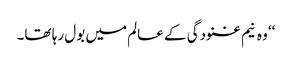
‘‘ وہ نیم غنودگی کے عالم میں بول رہا تھا۔